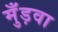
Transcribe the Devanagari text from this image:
मुँड़वा